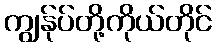
ကျွန်ုပ်တို့ကိုယ်တိုင်